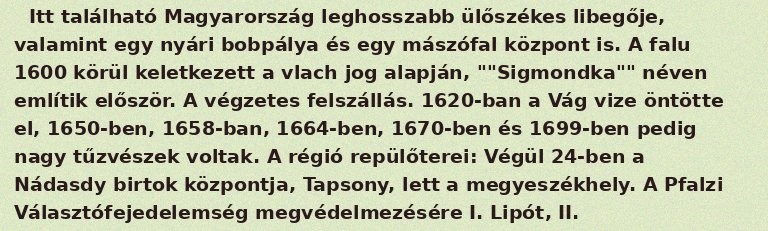
Itt található Magyarország leghosszabb ülőszékes libegője, valamint egy nyári bobpálya és egy mászófal központ is. A falu 1600 körül keletkezett a vlach jog alapján, ""Sigmondka"" néven említik először. A végzetes felszállás. 1620-ban a Vág vize öntötte el, 1650-ben, 1658-ban, 1664-ben, 1670-ben és 1699-ben pedig nagy tűzvészek voltak. A régió repülőterei: Végül 24-ben a Nádasdy birtok központja, Tapsony, lett a megyeszékhely. A Pfalzi Választófejedelemség megvédelmezésére I. Lipót, II.